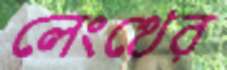
লেংথের